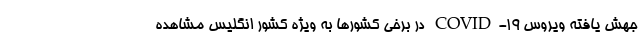
جهش یافته ویروس COVID-۱۹ در برخی کشورها به ویژه کشور انگلیس مشاهده